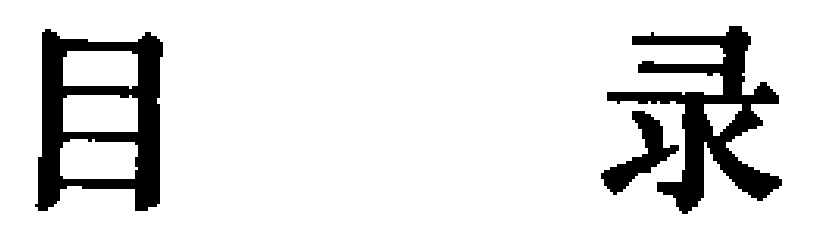
目录